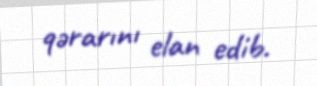
qərarını elan edib.